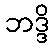
ဘဒ္ဒိ